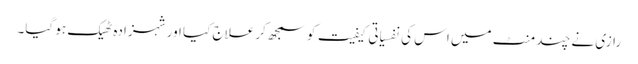
رازی نے چند منٹ میں اس کی نفسیاتی کیفیت کو سمجھ کر علاج کیا اور شہزادہ ٹھیک ہو گیا۔